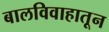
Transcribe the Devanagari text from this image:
बालविवाहातून